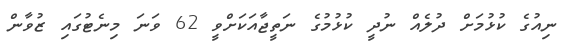
ނިއުގެ ކުޅުމަށް ދުލެއް ނުދީ ކުޅުމުގެ ނަތީޖާއަކަށްވީ 62 ވަނަ މިނެޓުގައި ޒުވާން